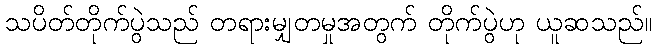
သပိတ်တိုက်ပွဲသည် တရားမျှတမှုအတွက် တိုက်ပွဲဟု ယူဆသည်။